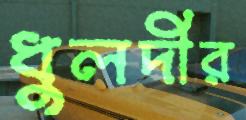
ধুলদীর